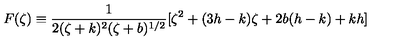
F ( \zeta ) \equiv \frac { 1 } { 2 ( \zeta + k ) ^ { 2 } ( \zeta + b ) ^ { 1 / 2 } } [ \zeta ^ { 2 } + ( 3 h - k ) \zeta + 2 b ( h - k ) + k h ]